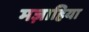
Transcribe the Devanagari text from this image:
मज़ाहिया